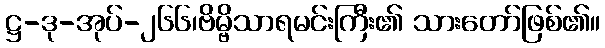
ဋ္ဌ-ဒု-အုပ်-၂၆၆၊ဗိမ္ဗိသာရမင်းကြီး၏ သားတော်ဖြစ်၏။